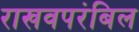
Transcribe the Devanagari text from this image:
राखवपरंबिल